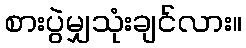
စားပွဲမျှသုံးချင်လား။